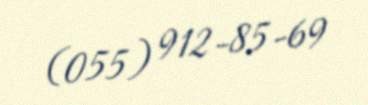
(055) 912-85-69